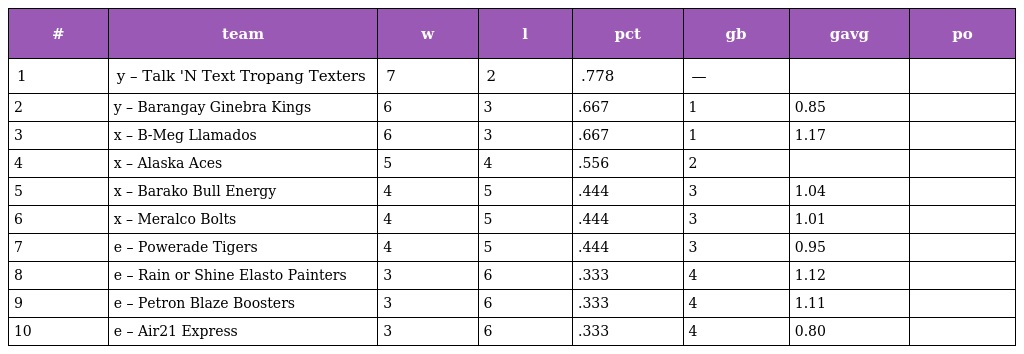
| # | team | w | l | pct | gb | gavg | po |
 | --- | --- | --- | --- | --- | --- | --- | --- |
 | 1 | y – Talk 'N Text Tropang Texters | 7 | 2 | .778 | — |  |  |
 | 2 | y – Barangay Ginebra Kings | 6 | 3 | .667 | 1 | 0.85 |  |
 | 3 | x – B-Meg Llamados | 6 | 3 | .667 | 1 | 1.17 |  |
 | 4 | x – Alaska Aces | 5 | 4 | .556 | 2 |  |  |
 | 5 | x – Barako Bull Energy | 4 | 5 | .444 | 3 | 1.04 |  |
 | 6 | x – Meralco Bolts | 4 | 5 | .444 | 3 | 1.01 |  |
 | 7 | e – Powerade Tigers | 4 | 5 | .444 | 3 | 0.95 |  |
 | 8 | e – Rain or Shine Elasto Painters | 3 | 6 | .333 | 4 | 1.12 |  |
 | 9 | e – Petron Blaze Boosters | 3 | 6 | .333 | 4 | 1.11 |  |
 | 10 | e – Air21 Express | 3 | 6 | .333 | 4 | 0.80 |  |